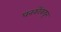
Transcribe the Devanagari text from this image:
धनकोंकडून